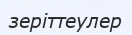
зеріттеулер